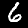
Label: 6